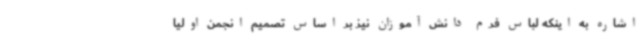
اشاره به اینکه لباس فرم دانش آموزان نیز بر اساس تصمیم انجمن اولیا